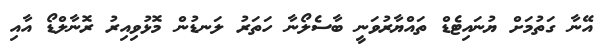
އޭނާ ގަތުމަށް ޔުނައިޓެޑް ތައްޔާރުވަނީ ބާސެލޯނާ ހަތަރު ލަނޑުން މޮޅުވިއިރު ރޮނާލްޑޯ އާއި